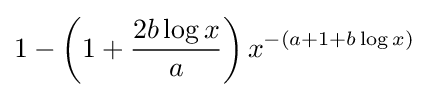
1-\left(1+{\frac {2b\log x}{a}}\right)x^{-\left(a+1+b\log x\right)}